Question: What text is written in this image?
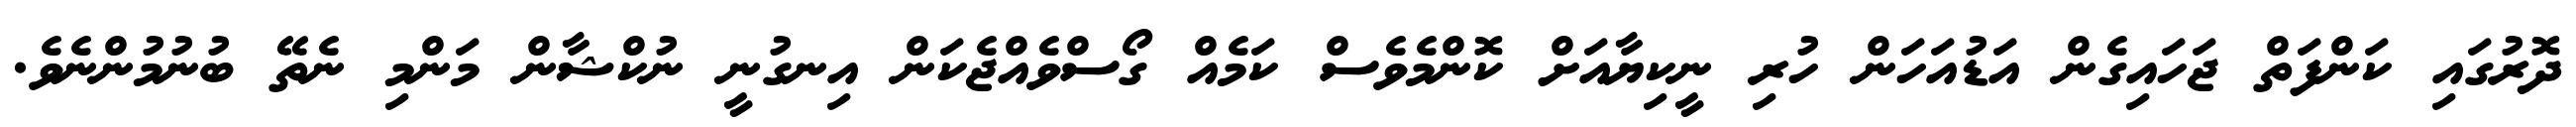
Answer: ދޮރުގައި ކަންފަތް ޖަހައިގެން އަޑުއަހަން ހުރި ނީކިޔާއަށް ކޮންމެވެސް ކަމެއް ގޯސްވެއްޖެކަން އިނގުނީ ނުކްޝާން މަންމި ނެތޭ ބުނުމުންނެވެ.